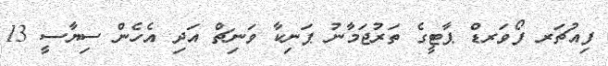
ފިއުޗަރ ފޯވަރޑް ޕާޓީގެ ތަރުޖަމާނު ޕަނިކާ ވަނިޗް އަދި އެހެން ސިޔާސީ 13